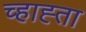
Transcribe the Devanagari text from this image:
च्हाह्ता